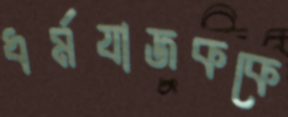
ধর্মযাজককে